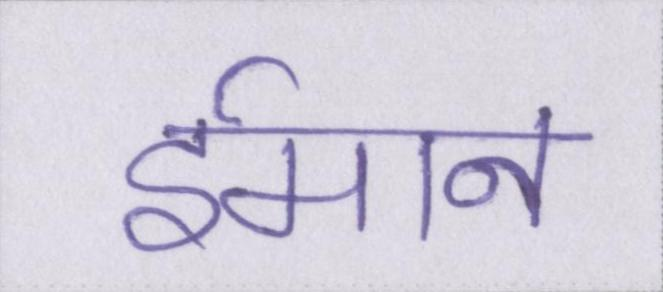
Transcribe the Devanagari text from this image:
ईमान